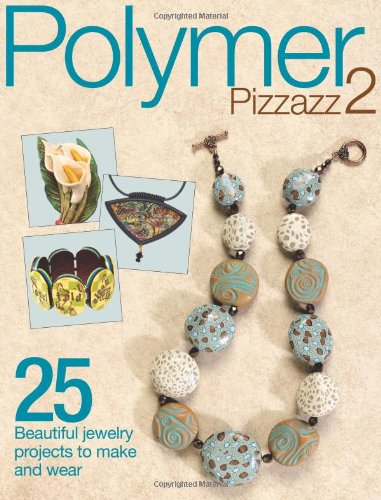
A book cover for Polymer Pizzazz 2: 25+ Beautiful Jewelry Projects to Make and Wear; Crafts, Hobbies & Home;